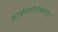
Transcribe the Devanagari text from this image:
कार्बनमॉनोक्साइड